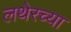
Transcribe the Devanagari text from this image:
लथेरच्या